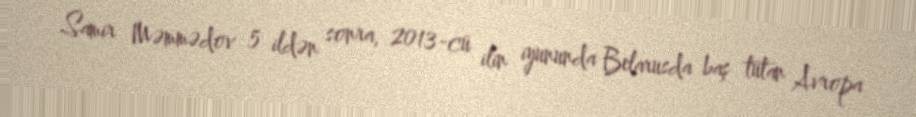
Samir Məmmədov 5 ildən sonra, 2013-cü ilin iyununda Belarusda baş tutan Avropa